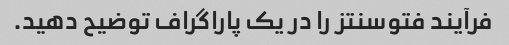
فرآیند فتوسنتز را در یک پاراگراف توضیح دهید.